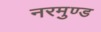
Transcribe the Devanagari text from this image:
नरमुण्ड